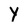
Character: Y